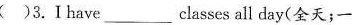
( )3.I have___classes all day(全天;一